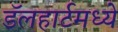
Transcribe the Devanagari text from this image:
डॅलहार्टमध्ये